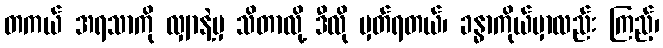
တကယ် အရသာကို လျှာနဲ့မှ သိတာလို့ ဒီလို မှတ်ရတယ်၊ ခန္ဓာကိုယ်မှာလည်း ကြည့်၊